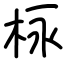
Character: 栐